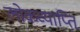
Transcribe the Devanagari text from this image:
लोकव्याप्ति